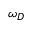
\omega _ { D }